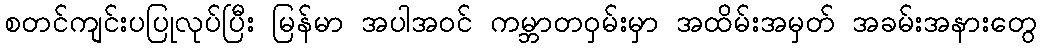
စတင်ကျင်းပပြုလုပ်ပြီး မြန်မာ အပါအဝင် ကမ္ဘာတဝှမ်းမှာ အထိမ်းအမှတ် အခမ်းအနားတွေ